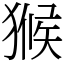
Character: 𤠣